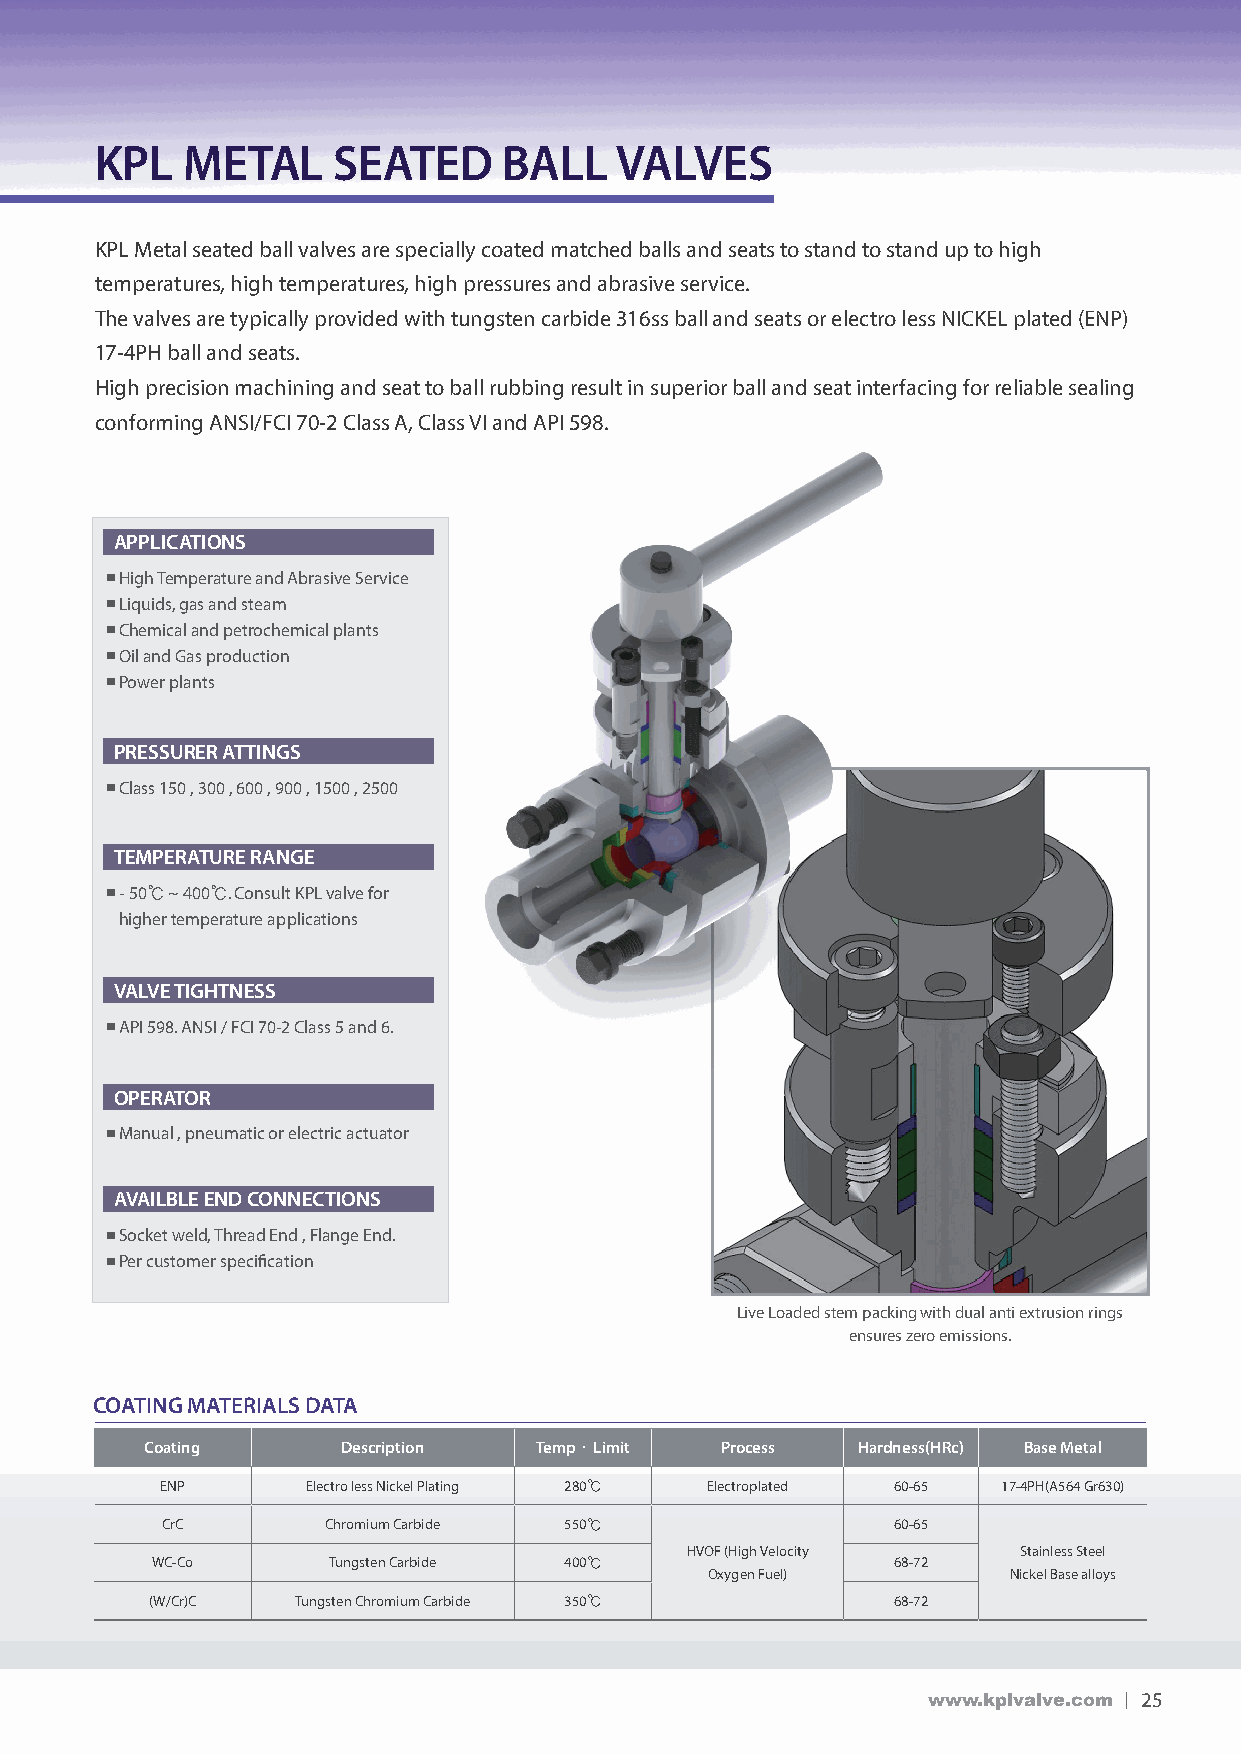
KPL   MEtAL     SEAtEd     BALL    VALVES
 KPL Metal seated ball valves are specially coated matched balls and seats to stand to stand up to high
 temperatures, high temperatures, high pressures and abrasive service.
 The valves are typically provided with tungsten carbide 316ss ball and seats or electro less NICKEL plated (ENP)
 17-4PH ball and seats.
 High precision machining and seat to ball rubbing result in superior ball and seat interfacing for reliable sealing
 conforming ANSI/FCI 70-2 Class A, Class VI and API 598.
 APPLIcAtIonS
 ■High Temperature and Abrasive Service
 ■Liquids, gas and steam
 ■Chemical and petrochemical plants
 ■Oil and Gas production
 ■Power plants
 PrESSurEr AttInGS
 ■Class 150 , 300 , 600 , 900 , 1500 , 2500
 tEMPErAturE rAnGE
 ■- 50℃ ~ 400℃. Consult KPL valve for
 higher temperature applications
 VALVE tIGHtnESS
 ■API 598. ANSI / FCI 70-2 Class 5 and 6.
 oPErAtor
 ■Manual , pneumatic or electric actuator
 AVAILBLE End connEctIonS
 ■Socket weld, Thread End , Flange End.
 ■Per customer specification
 Live Loaded stem packing with dual anti extrusion rings
 ensures zero emissions.
 coAtInG MAtErIALS dAtA
 coating      description temp ^ Limit Process  Hardness(Hrc) Base Metal
 ENP      Electro less Nickel Plating 280℃ Electroplated 60-65 17-4PH(A564 Gr630)
 CrC       Chromium Carbide 550℃                 60-65
 HVOF (High Velocity   Stainless Steel
 WC-Co       Tungsten Carbide 400℃                68-72
 Oxygen Fuel)        Nickel Base alloys
 (W/Cr)C   Tungsten Chromium Carbide 350℃         68-72
 www.kplvalve.com 25